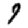
Digit: 9